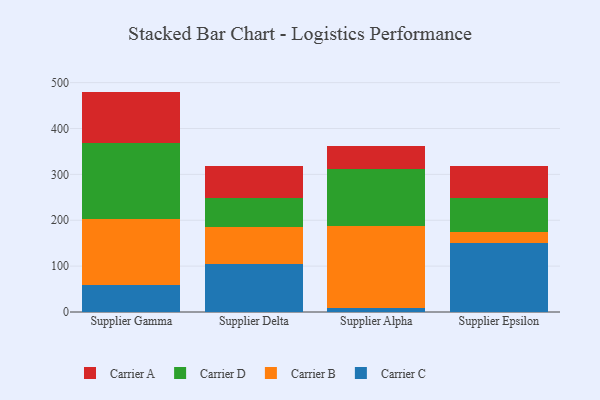
{"axis": {"x": "Supplier", "y": "Active Users"}, "legend": ["Carrier A", "Carrier B", "Carrier C", "Carrier D"], "data": [{"x": "Supplier Gamma", "y": 58.9, "type": "Carrier C"}, {"x": "Supplier Gamma", "y": 144.1, "type": "Carrier B"}, {"x": "Supplier Gamma", "y": 165.7, "type": "Carrier D"}, {"x": "Supplier Gamma", "y": 111.7, "type": "Carrier A"}, {"x": "Supplier Delta", "y": 104.9, "type": "Carrier C"}, {"x": "Supplier Delta", "y": 80.0, "type": "Carrier B"}, {"x": "Supplier Delta", "y": 63.1, "type": "Carrier D"}, {"x": "Supplier Delta", "y": 69.8, "type": "Carrier A"}, {"x": "Supplier Alpha", "y": 9.4, "type": "Carrier C"}, {"x": "Supplier Alpha", "y": 178.6, "type": "Carrier B"}, {"x": "Supplier Alpha", "y": 122.9, "type": "Carrier D"}, {"x": "Supplier Alpha", "y": 51.9, "type": "Carrier A"}, {"x": "Supplier Epsilon", "y": 151.0, "type": "Carrier C"}, {"x": "Supplier Epsilon", "y": 23.9, "type": "Carrier B"}, {"x": "Supplier Epsilon", "y": 74.4, "type": "Carrier D"}, {"x": "Supplier Epsilon", "y": 69.1, "type": "Carrier A"}]}